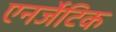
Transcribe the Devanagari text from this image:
एनर्जेटिक